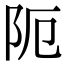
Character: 阨